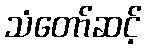
သံတော်ဆင့်